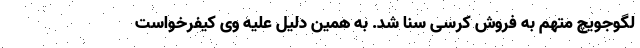
لِگوجویچ متهم به فروش کرسی سنا شد. به همین دلیل علیه وی کیفرخواست